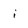
Character: i